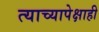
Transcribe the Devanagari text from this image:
त्याच्यापेक्षाही